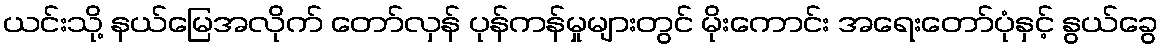
ယင်းသို့ နယ်မြေအလိုက် တော်လှန် ပုန်ကန်မှုများတွင် မိုးကောင်း အရေးတော်ပုံနှင့် နွယ်ခွေ